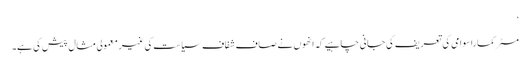
‘
مسٹر کماراسوامی کی تعریف کی جانی چاہیے کہ انھوں نے صاف شفاف سیاست کی غیر معمولی مثال پیش کی ہے۔